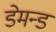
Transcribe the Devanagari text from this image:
डेमन्ड